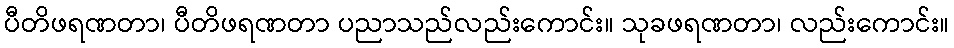
ပီတိဖရဏတာ၊ ပီတိဖရဏတာ ပညာသည်လည်းကောင်း။ သုခဖရဏတာ၊ လည်းကောင်း။